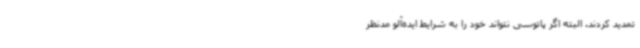
تمدید کردند. البته اگر پاتوسی نتواند خود را به شرایط ایده‌آلو مدنظر